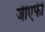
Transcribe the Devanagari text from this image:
जीएफी